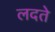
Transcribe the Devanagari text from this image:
लदते